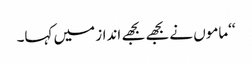
‘‘ماموں نے بجھے بجھے انداز میں کہا۔